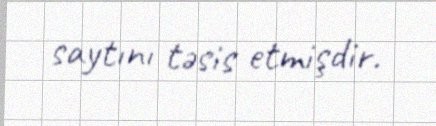
saytını təsis etmişdir.